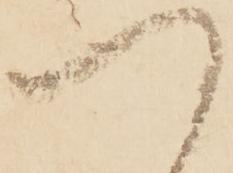
つ